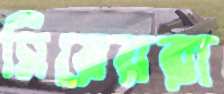
সিয়েররা